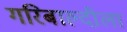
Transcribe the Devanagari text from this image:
गरिबाल्दीला